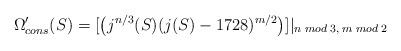
LaTeX: \begin{align*}\Omega^{\prime}_{cons}(S) = [\left(j^{n/3}(S)(j(S)-1728)^{m/2}\right)]|_{n\;mod\;3,\;m\;mod\;2}\end{align*}